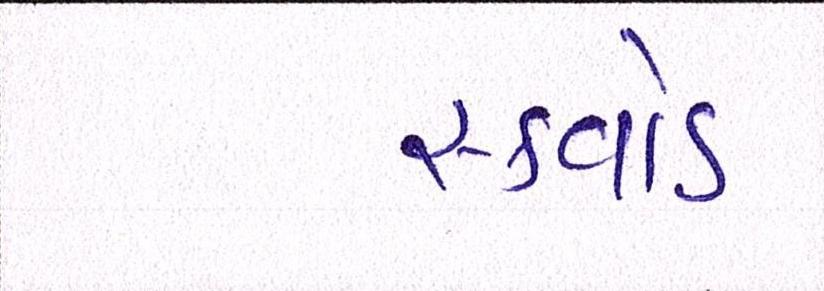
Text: સ્ક્વોડ